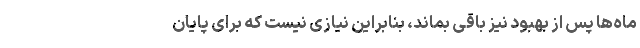
ماه‌ها پس از بهبود نیز باقی بماند، بنابراین نیازی نیست که برای پایان